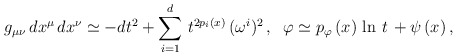
\begin{align*}g_{\mu \nu} \, dx^{\mu} \, dx^{\nu} \simeq -dt^2 + \sum_{i=1}^d \, t^{2 p_i (x)} \, (\omega^i)^2 \, , \; \;\varphi \simeq p_{\varphi} \, (x) \, \ln \, t \, +\psi \, (x) \, ,\end{align*}